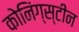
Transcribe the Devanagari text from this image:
कोनिंग्स्टीन